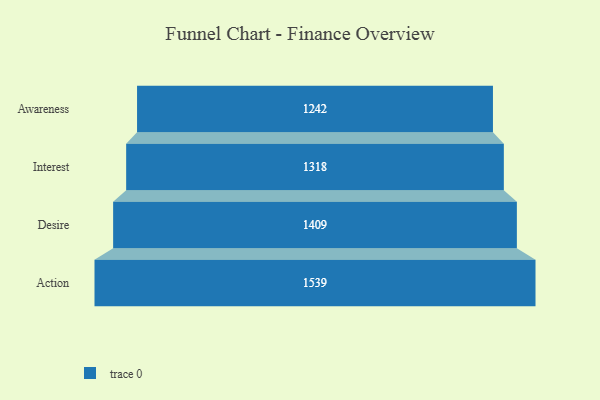
{"axis": {"x": "Stage", "y": "Value"}, "legend": [""], "data": [{"x": "Awareness", "y": 1242.0, "type": ""}, {"x": "Interest", "y": 1318.0, "type": ""}, {"x": "Desire", "y": 1409.0, "type": ""}, {"x": "Action", "y": 1539.0, "type": ""}]}